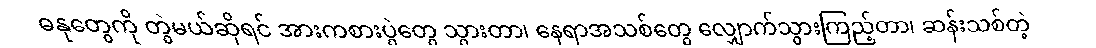
ဓနုတွေကို တွဲမယ်ဆိုရင် အားကစားပွဲတွေ သွားတာ၊ နေရာအသစ်တွေ လျှောက်သွားကြည့်တာ၊ ဆန်းသစ်တဲ့